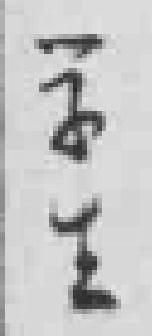
学生